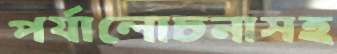
পর্যালোচনাসহ